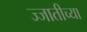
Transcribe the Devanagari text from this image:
ज्जातीच्या